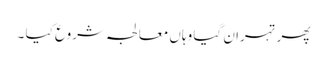
پھر تہران گیا وہاں معالجہ شروع کیا ۔